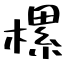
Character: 樏